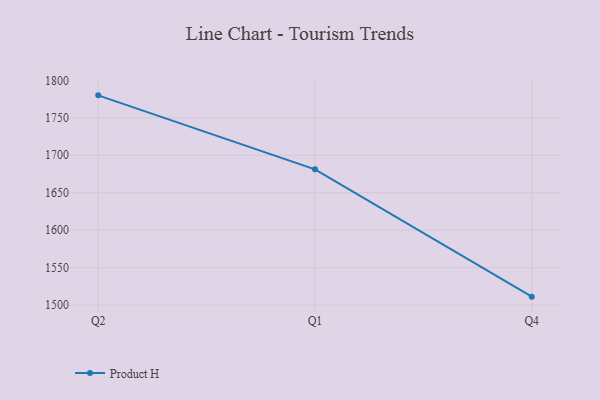
{"axis": {"x": "Quarter", "y": "Backlog"}, "legend": ["Product H"], "data": [{"x": "Q2", "y": 1780.0, "type": "Product H"}, {"x": "Q1", "y": 1681.2, "type": "Product H"}, {"x": "Q4", "y": 1511.3, "type": "Product H"}]}